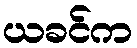
ယခင်က